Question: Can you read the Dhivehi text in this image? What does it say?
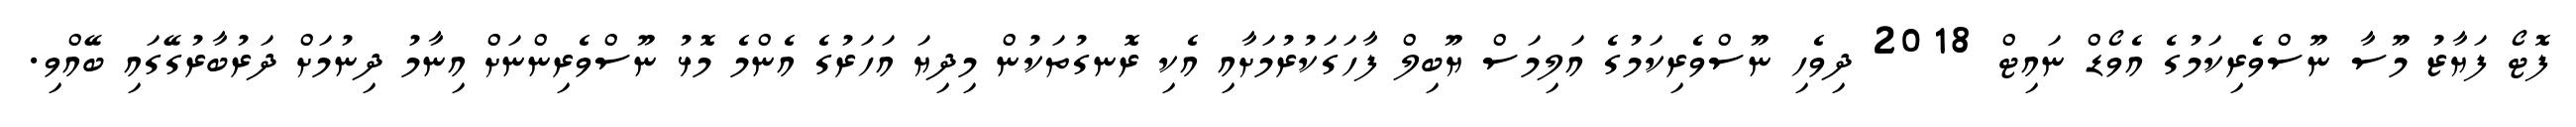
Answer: ފޮޓޯ ފަޔާޒު މޫސާ ނޫސްވެރިކަމުގެ އެވޯޑް ނައިޓް 2018 ދިވެހި ނޫސްވެރިކަމުގެ އަލިމަސް ޔޫބިލް ފާހަގަކުރުމަށާއި އެކި ރޮނގުތަކުން މިދިޔަ އަހަރުގެ އެންމެ މޮޅު ނޫސްވެރިންނަށް އިނާމު ދިނުމަށް ދަރުބާރުގޭގައި ބޭއްވި.